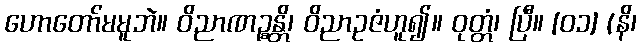
ဟောတော်မမူဘဲ။ ဝိညာဏဉ္စန္တိ၊ ဝိညာဥဇံဟူ၍။ ဝုတ္တံ၊ ပြီ။ [၀၁] (နိ၊